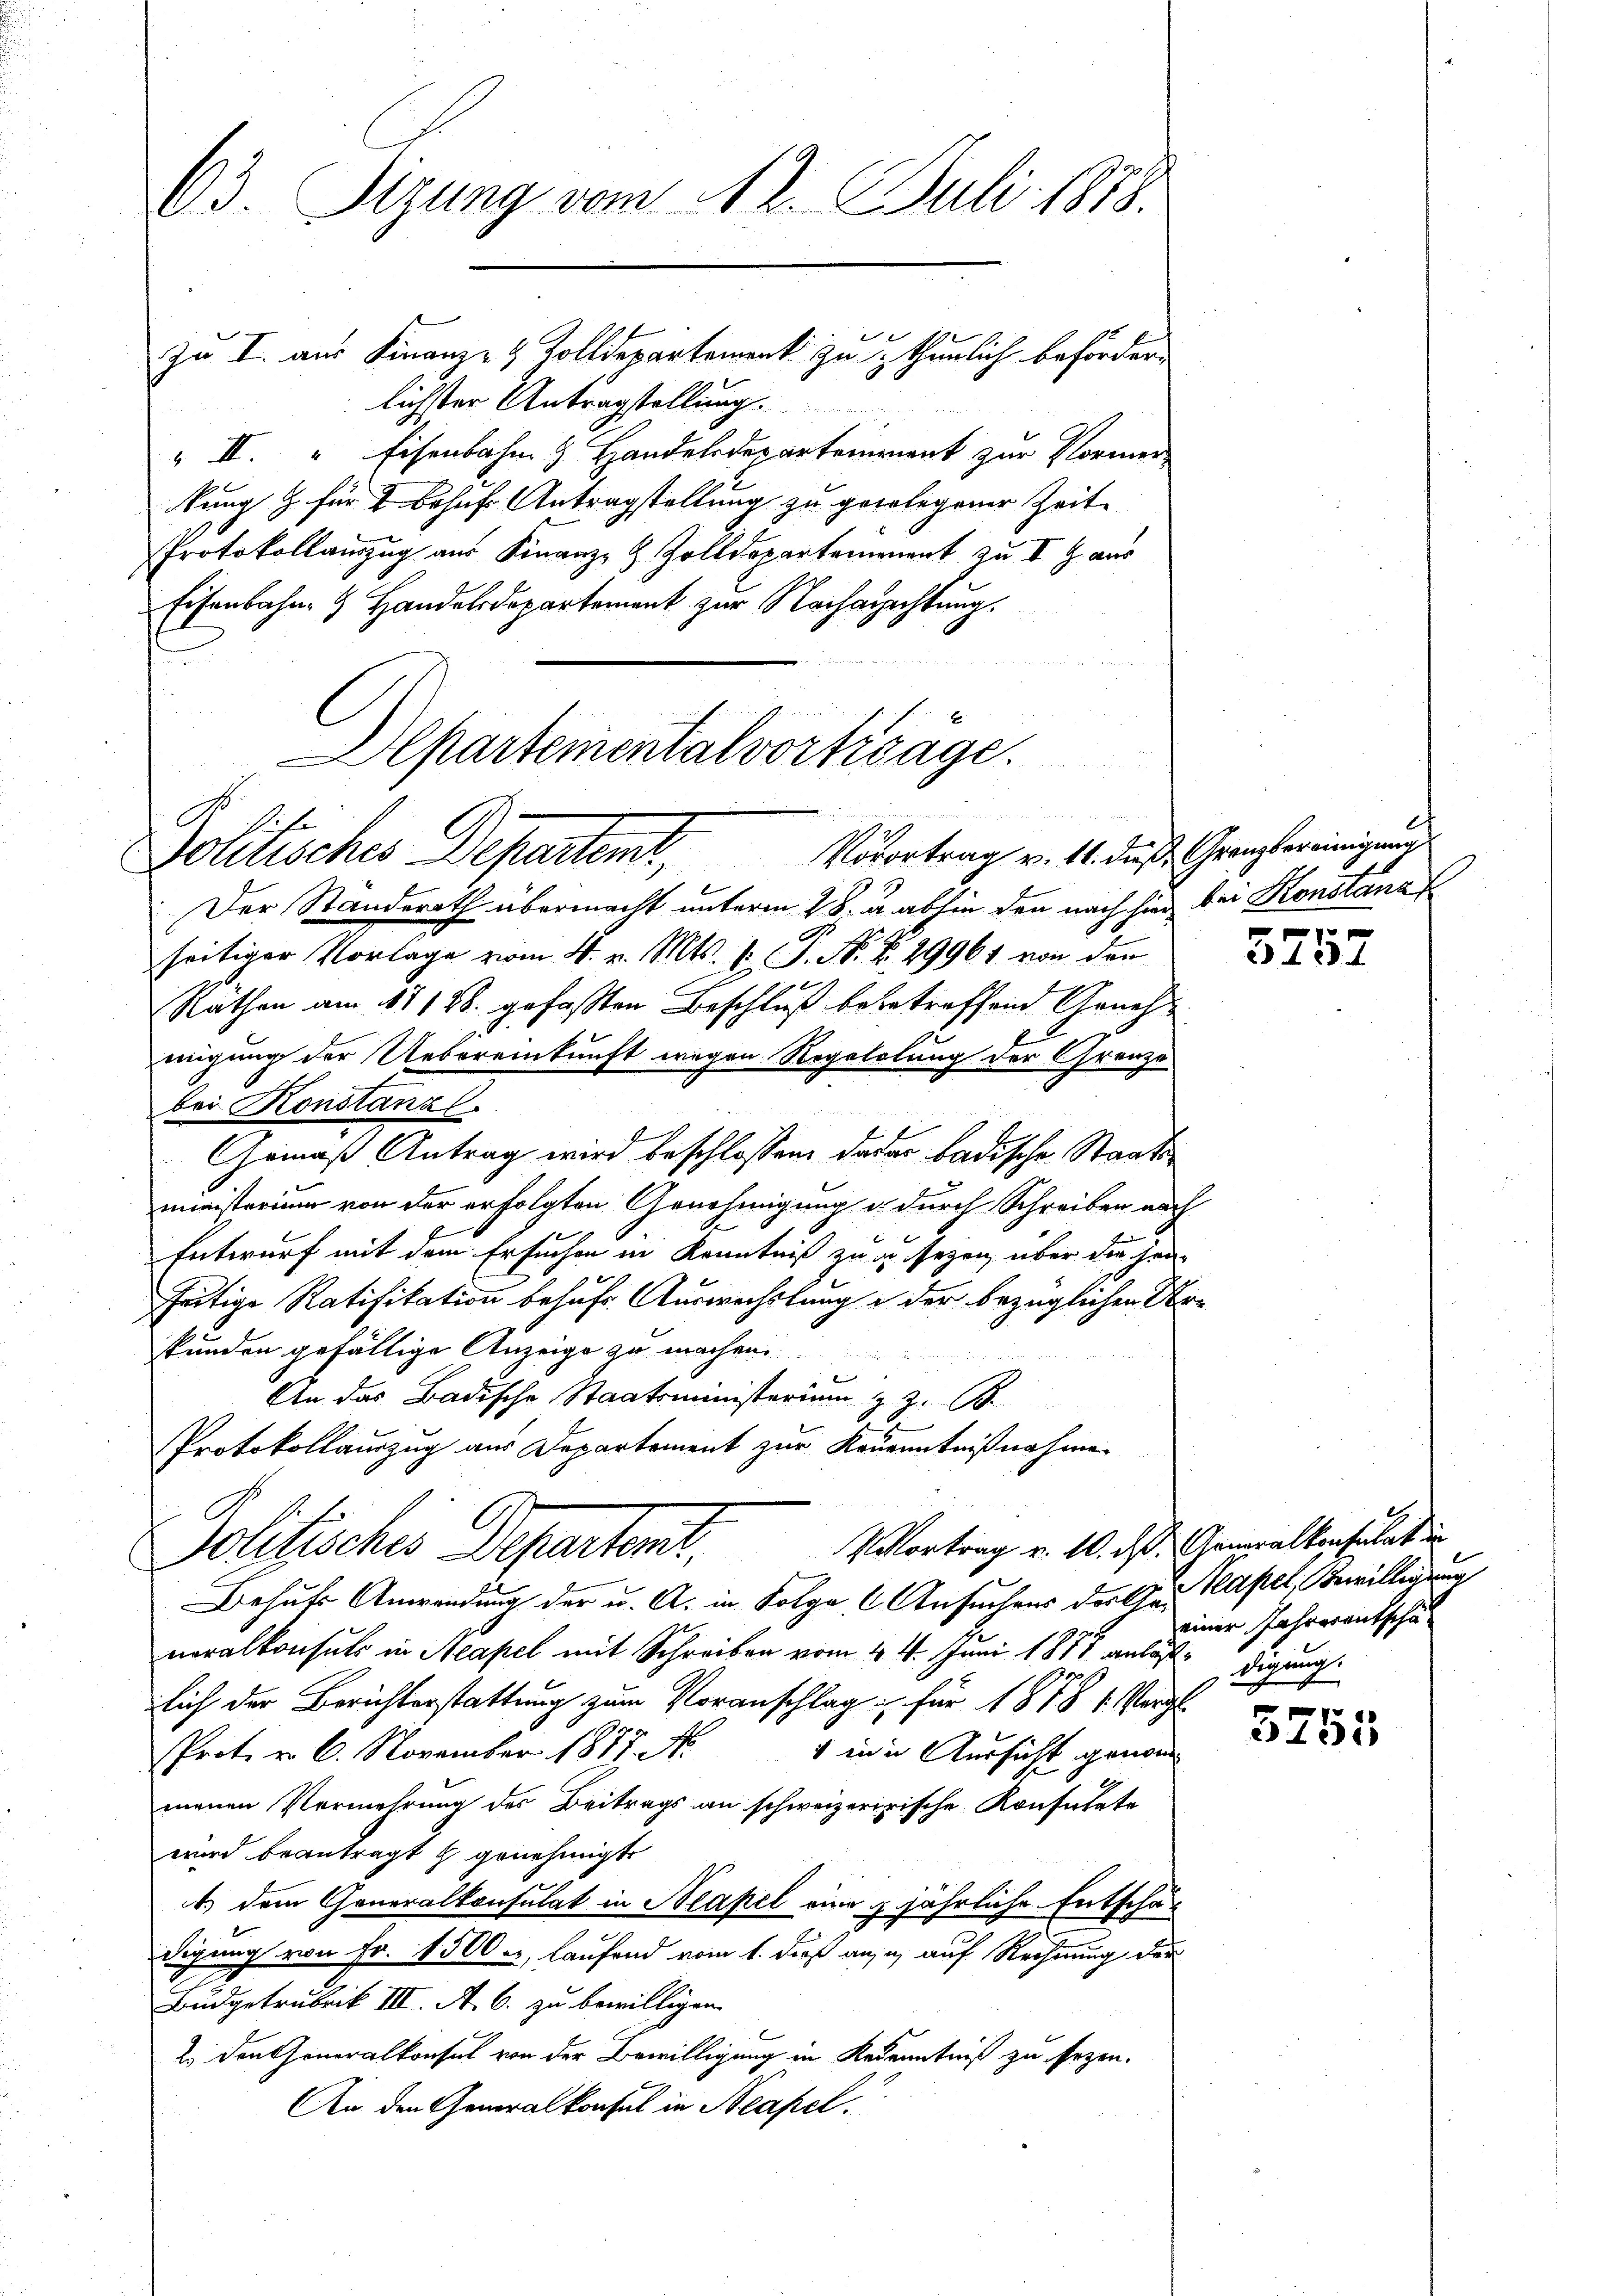
O3. Sizung vom 12. Juli 1888.

lichster Antragstellung.
" II. Eisenbahn & Handelsdeparteinrient zur Vormer
kung & für 2 behufs Antragstellung zu gelegener Zeit
Protokollauszug aus Finanz- & Zolldepartemenant zu I S. aus
Eisenbahn- & Handelsdepartement zur Nacharachtung.
Departementalvorträge.

Politisches Departemt, Vorortrag v. 14. das Geistereinigung

zu I. aus Finanz- & Zolldepartement zu thunlich beförder

Der Standerath übermacht unterm 28. d. abhin den nach hier bei Konstanz
seitiger Vorlage vom 4. v. Mts. 1. P. N. N. 29961 von der
Rathen am 11 128. gefaßten Beschluß bebetreffend Genehmigung der Uebereinkunft wegen Regelolung der Grenze
bei Konstanzl
Gemäß Antrag wird beschlossen, dadar badische Staatsministerium von der erfolgten Genehmigung u. durch Schreiben nach
Entwurf mit dem Ersuchen in Kenntniß zu zu sezen, über die jen
seitige Ratifikation behufs Auswechslung in der bezüglichen Ur-
skunden gefällige Anzeige zu machen.
An das Badische Staatsministerium z. Z. B.
Protokollauszug aus Departement zur Kenanntnißnahme
Vortrag v. 10. d. Generalkonsulat in
Politisches Departent.
Behufs Anwendung der u. A. in Folge Ansuchens der an Kapel, Bewilligung
neralkonsuls in Neapel mit Schreiben vom 4. 4. Juni 1888 anläßedigung
lich der Berichterstattung zum Voranschlag für 1878 1. Vergl
 1
Prot. d. 6. November 1877. A.
1 in in Aussicht genom
menen Vermehrung des Beitrags an schweizerisische Konsulate
wird beantragt & genehmigt.
1.) Dem Generalkonsulat in Neapel eine jährliche Entschäf
digung von Fr. 1500, laufend vom 1. dieß ause auf Rechnung der
Budgetrubrik III. A. 6. zu bewilligen.
2. Den Generalkonsul von der Bewilligung in Kekenntniß zu sogen.
An den Generalkonsul in Neapel

.

5737

einer Jahresentschäf

5753